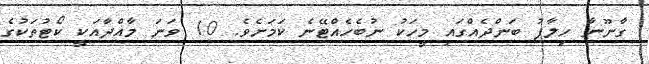
ގާނޫނާ ހިލާފު ބަންދެއްގައި މީހަކު ނުބެހެއްޓޭނެ ކަމަށެވެ. 10 ވަނަ މާއްދާއަކީ ކޯޓުތަކުގެ